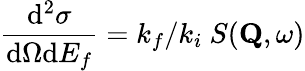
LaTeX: \frac{\mathrm{d}^{2}\sigma}{\mathrm{d}\Omega\mathrm{d}E_{f}}=k_{f}/k_{i}\ S(\mathbf{Q},\omega)